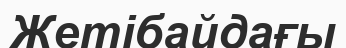
Жетібайдағы